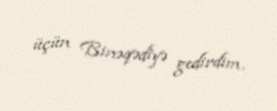
üçün Binəqədiyə gedirdim.